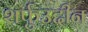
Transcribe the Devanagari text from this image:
शर्फुउद्दीन